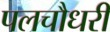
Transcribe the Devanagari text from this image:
पलचौधरी